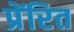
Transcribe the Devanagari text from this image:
प्रेंरित